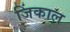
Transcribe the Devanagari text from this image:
जिंकाल